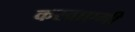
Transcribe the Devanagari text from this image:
करवाएगी